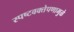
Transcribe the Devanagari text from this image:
स्पष्टवक्तेपणामुळे